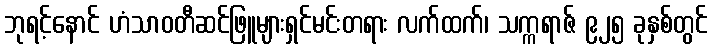
ဘုရင့်နောင် ဟံသာဝတီဆင်ဖြူများရှင်မင်းတရား လက်ထက်၊ သက္ကရာဇ် ၉၂၅ ခုနှစ်တွင်